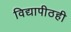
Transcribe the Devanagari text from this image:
विद्यापीठही